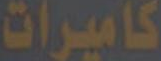
كاميرات